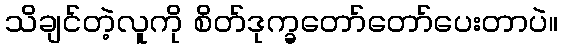
သိချင်တဲ့လူကို စိတ်ဒုက္ခတော်တော်ပေးတာပဲ။